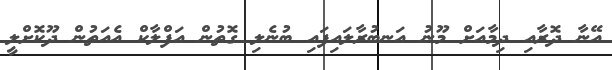
އޭނާ ދޮރާއި ދިމާއަށް މޫނު އަނބުރާލައިފައި ބުނެލި ގޮތުން އަފްލާކް އެއަތުން ދޫކޮށްލީ